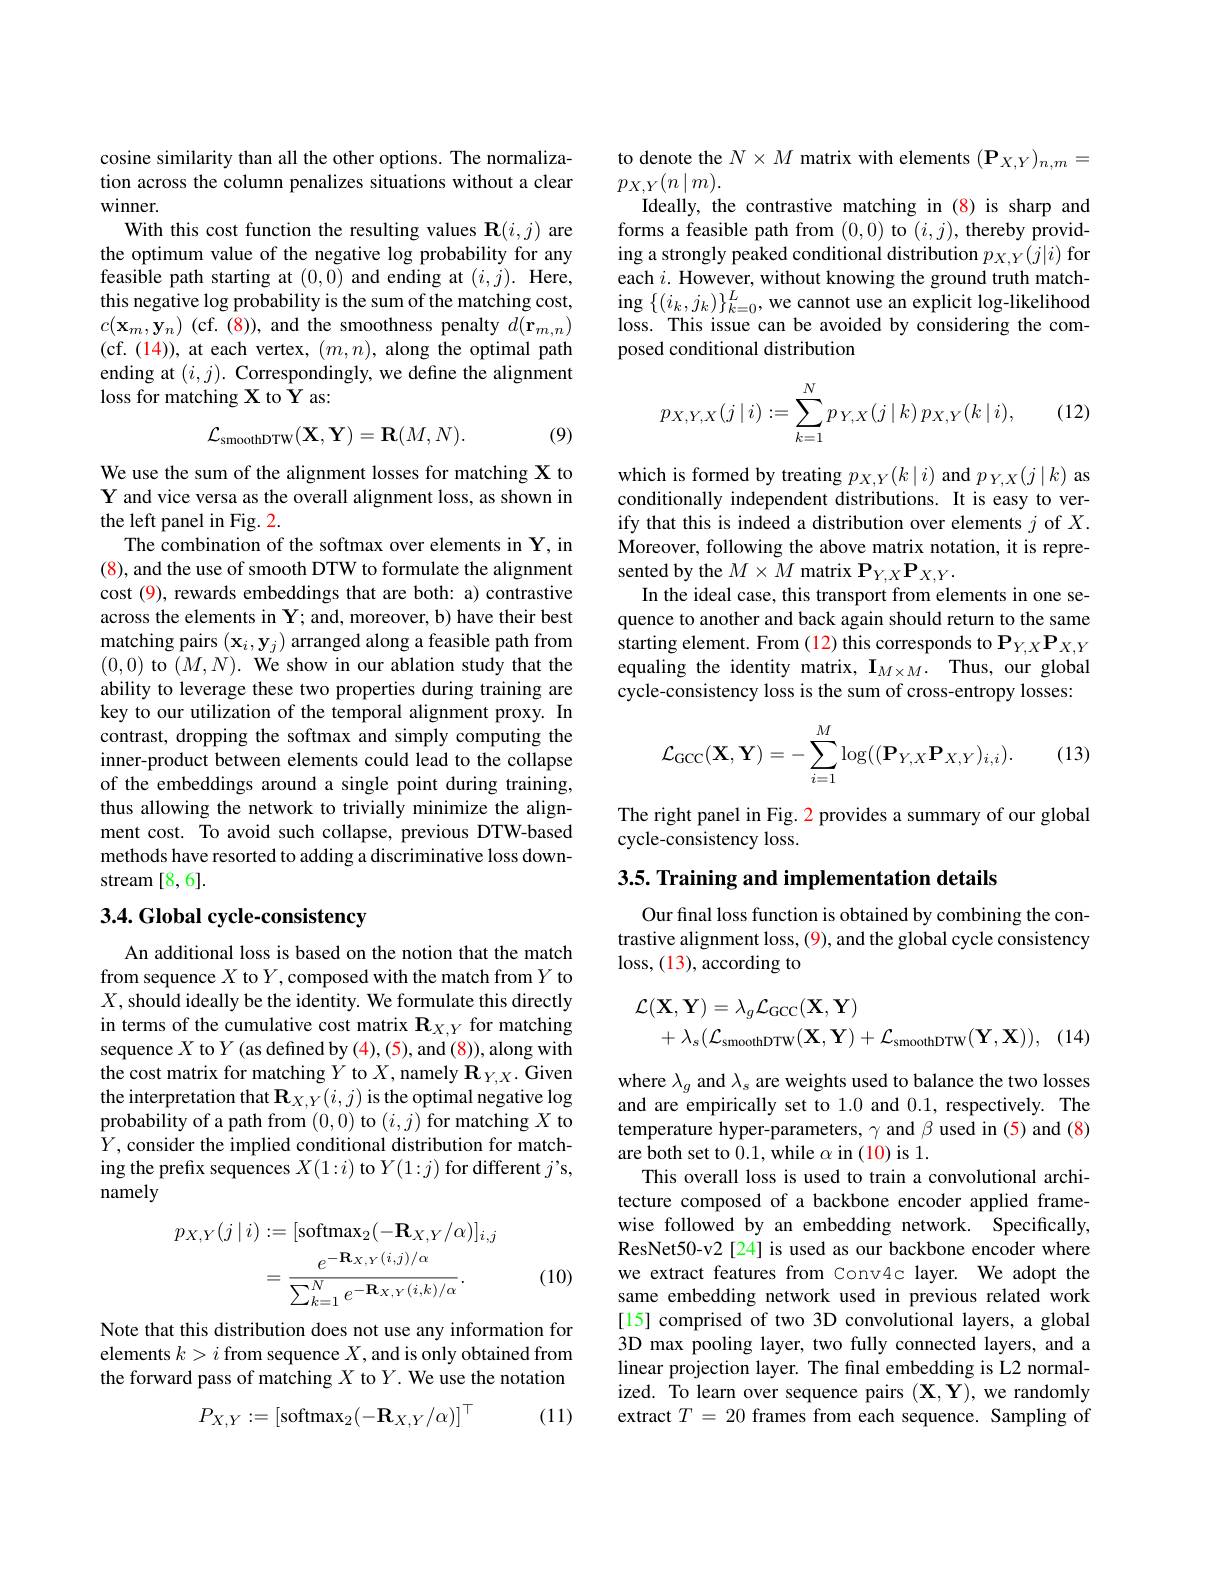
cosine similarity than all the other options. The normalization across the column penalizes situations without a clear winner.
With this cost function the resulting values R$(i,j)$ are the optimum value of the negative log probability for any feasible path starting at (0,0) and ending at $(i,j).$ Here, this negative log probability is the sum of the matching cost, $c(\mathbf{x}_{m},\mathbf{y}_{n})$ (cf. (8)), and the smoothness penalty $d(\mathbf{r}_{m,n})$ (cf. $(\color{red}{14}))$, at each vertex, $(m,n)$, along the optimal path ending at $(i,j).$ Correspondingly, we define the alignment loss for matching X to Y as:

(9)
$$\mathcal{L}_{\mathrm{smoothDTW}}(\mathbf{X},\mathbf{Y})=\mathbf{R}(M,N).$$
We use the sum of the alignment losses for matching X to Y and vice versa as the overall alignment loss, as shown in the left panel in Fig. 2.
The combination of the softmax over elements in Y, in (8), and the use of smooth DTW to formulate the alignment cost (9), rewards embeddings that are both: a) contrastive across the elements in Y; and, moreover, b) have their best matching pairs $(\mathbf{x}_i,\mathbf{y}_j)$ arranged along a feasible path from (0,0) to $(M,N).$ We show in our ablation study that the ability to leverage these two properties during training are key to our utilization of the temporal alignment proxy. In contrast, dropping the softmax and simply computing the inner-product between elements could lead to the collapse of the embeddings around a single point during training, thus allowing the network to trivially minimize the alignment cost. To avoid such collapse, previous DTW-based methods have resorted to adding a discriminative loss downstream [8,6].

## $3. 4. \textbf{Global cycle- consistency}$

An additional loss is based on the notion that the match from sequence $X$ to $Y$,composed with the match from $Y$ to $X$, should ideally be the identity. We formulate this directly in terms of the cumulative cost matrix $\mathbf{R}_{X,Y}$ for matching sequence $X$ to $Y$ (as defined by (4),(5), and (8)), along with the cost matrix for matching $Y$ to $X$,namely $\mathbf{R}_Y,X.$ Given the interpretation that $\mathbf{R}_{X,Y}(i,j)$ is the optimal negative log probability of a path from (0,0) to $(i,j)$ for matching $X$ to $Y$, consider the implied conditional distribution for matching the prefix sequences $X(1:i)$ to $Y(1:j)$ for different $j’$s, namely
$$\begin{aligned}p_{X,Y}(j\mid i)&:=[\mathrm{softmax}_{2}(-\mathbf{R}_{X,Y}/\alpha)]_{i,j}\\&=\frac{e^{-\mathbf{R}_{X,Y}(i,j)/\alpha}}{\sum_{k=1}^{N}e^{-\mathbf{R}_{X,Y}(i,k)/\alpha}}.\\\end{aligned}$$
(10)

Note that this distribution does not use any information for elements $k>i$ from sequence $X$, and is only obtained from the forward pass of matching $X$ to $Y.$ We use the notation

(11)
$$P_{X,Y}:=[\text{softmax}_2(-\mathbf{R}_{X,Y}/\alpha)]^\top $$
to denote the $N\times M$ matrix with elements $(\mathbf{P}_X,Y)_{n,m}=$
$p_{X,Y}(n\mid m).$
Ideally, the contrastive matching in (8) is sharp and forms a feasible path from (0,0) to $(i,j)$, thereby providing a strongly peaked conditional distribution $p_X,Y(j|i)$ for each $i.$ However, without knowing the ground truth match- $\underset{\mathrm{ing}}{\operatorname*{ing}}\left\{(i_{k},j_{k})\right\}_{k=0}^{L},\underset{\mathrm{e}}{\operatorname*{\text{we cannot use an explicit log-likelihood}}}$ loss. This issue can be avoided by considering the composed conditional distribution

(12)
$$p_{X,Y,X}(j\mid i):=\sum\limits_{k=1}^Np_{Y,X}(j\mid k)\:p_{X,Y}(k\mid i),$$
which is formed by treating $p_X,Y(k\mid i)$ and $p_Y,X(j\mid k)$ as conditionally independent distributions. It is easy to verify that this is indeed a distribution over elements $j$ of $X.$ $\dot{\text{Moreover, following the above matrix notation, it is repre-}}$ sented by the $M\times\tilde{M}$ matrix P$_Y,X\mathbf{P}_{X,Y}.$
In the ideal case, this transport from elements in one sequence to another and back again should return to the same starting element. From $(\color{red}{12})$ this corresponds to $\mathbf{P}_Y,X\mathbf{P}_{X,Y}$ equaling the identity matrix, $\mathbf{I} _{M\times M}.$ Thus, our global cycle-consistency loss is the sum of cross-entropy losses:
$$\mathcal{L}_{\mathrm{GCC}}(\mathbf{X},\mathbf{Y})=-\sum_{i=1}^M\log((\mathbf{P}_{Y,X}\mathbf{P}_{X,Y})_{i,i}).$$
(13)

The right panel in Fig. 2 provides a summary of our global
cycle-consistency loss.

## 3.5. Training and implementation details

Our final loss function is obtained by combining the contrastive alignment loss, (9), and the global cycle consistency loss, (13), according to
$$\begin{aligned}\mathcal{L}(\mathbf{X},\mathbf{Y})&=\lambda_{g}\mathcal{L}_{\mathrm{GCC}}(\mathbf{X},\mathbf{Y})\\&+\lambda_{s}(\mathcal{L}_{\mathrm{smoothDTW}}(\mathbf{X},\mathbf{Y})+\mathcal{L}_{\mathrm{smoothDTW}}(\mathbf{Y},\mathbf{X})),\end{aligned}$$
(14)

where $\lambda_g$ and $\lambda_s$ are weights used to balance the two losses and are empirically set to 1.0 and 0.1, respectively. The temperature hyper-parameters, $\gamma$ and $\beta$ used in (5) and (8) are both set to 0.1,while $\alpha$ in (10) is 1.
This overall loss is used to train a convolutional architecture composed of a backbone encoder applied framewise followed by an embedding network. Specifically, ResNet50-v2[24] is used as our backbone encoder where we extract features from Conv4c layer. We adopt the same embedding network used in previous related work [15] comprised of two 3D convolutional layers, a global 3D max pooling layer, two fully connected layers, and a linear projection layer. The final embedding is L2 normalized. To learn over sequence pairs $(\mathbf{X},\mathbf{Y})$,we randomly extract $T=20$ frames from each sequence. Sampling of